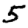
Digit: 5